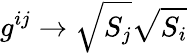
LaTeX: g^{ij}\rightarrow\sqrt{S_{j}}\sqrt{S_{i}}